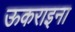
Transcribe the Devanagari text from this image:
ऊकराइना